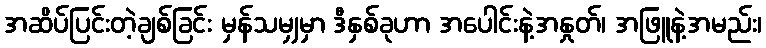
အဆိပ်ပြင်းတဲ့ချစ်ခြင်း မှန်သမျှမှာ ဒီနှစ်ခုဟာ အပေါင်းနဲ့အနှုတ်၊ အဖြူနဲ့အမည်း၊